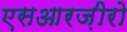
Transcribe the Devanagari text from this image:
एसआरज़ीरो